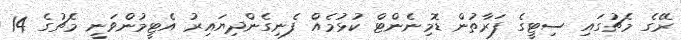
ރޭގެ މެޗުގައި ސިޓީގެ ފަރާތުން ޑޮމިނެންޓް ކުޅުމެއް ފެނިގެންދިޔައިރު އެޓީމުންވަނީ މެޗުގެ 14